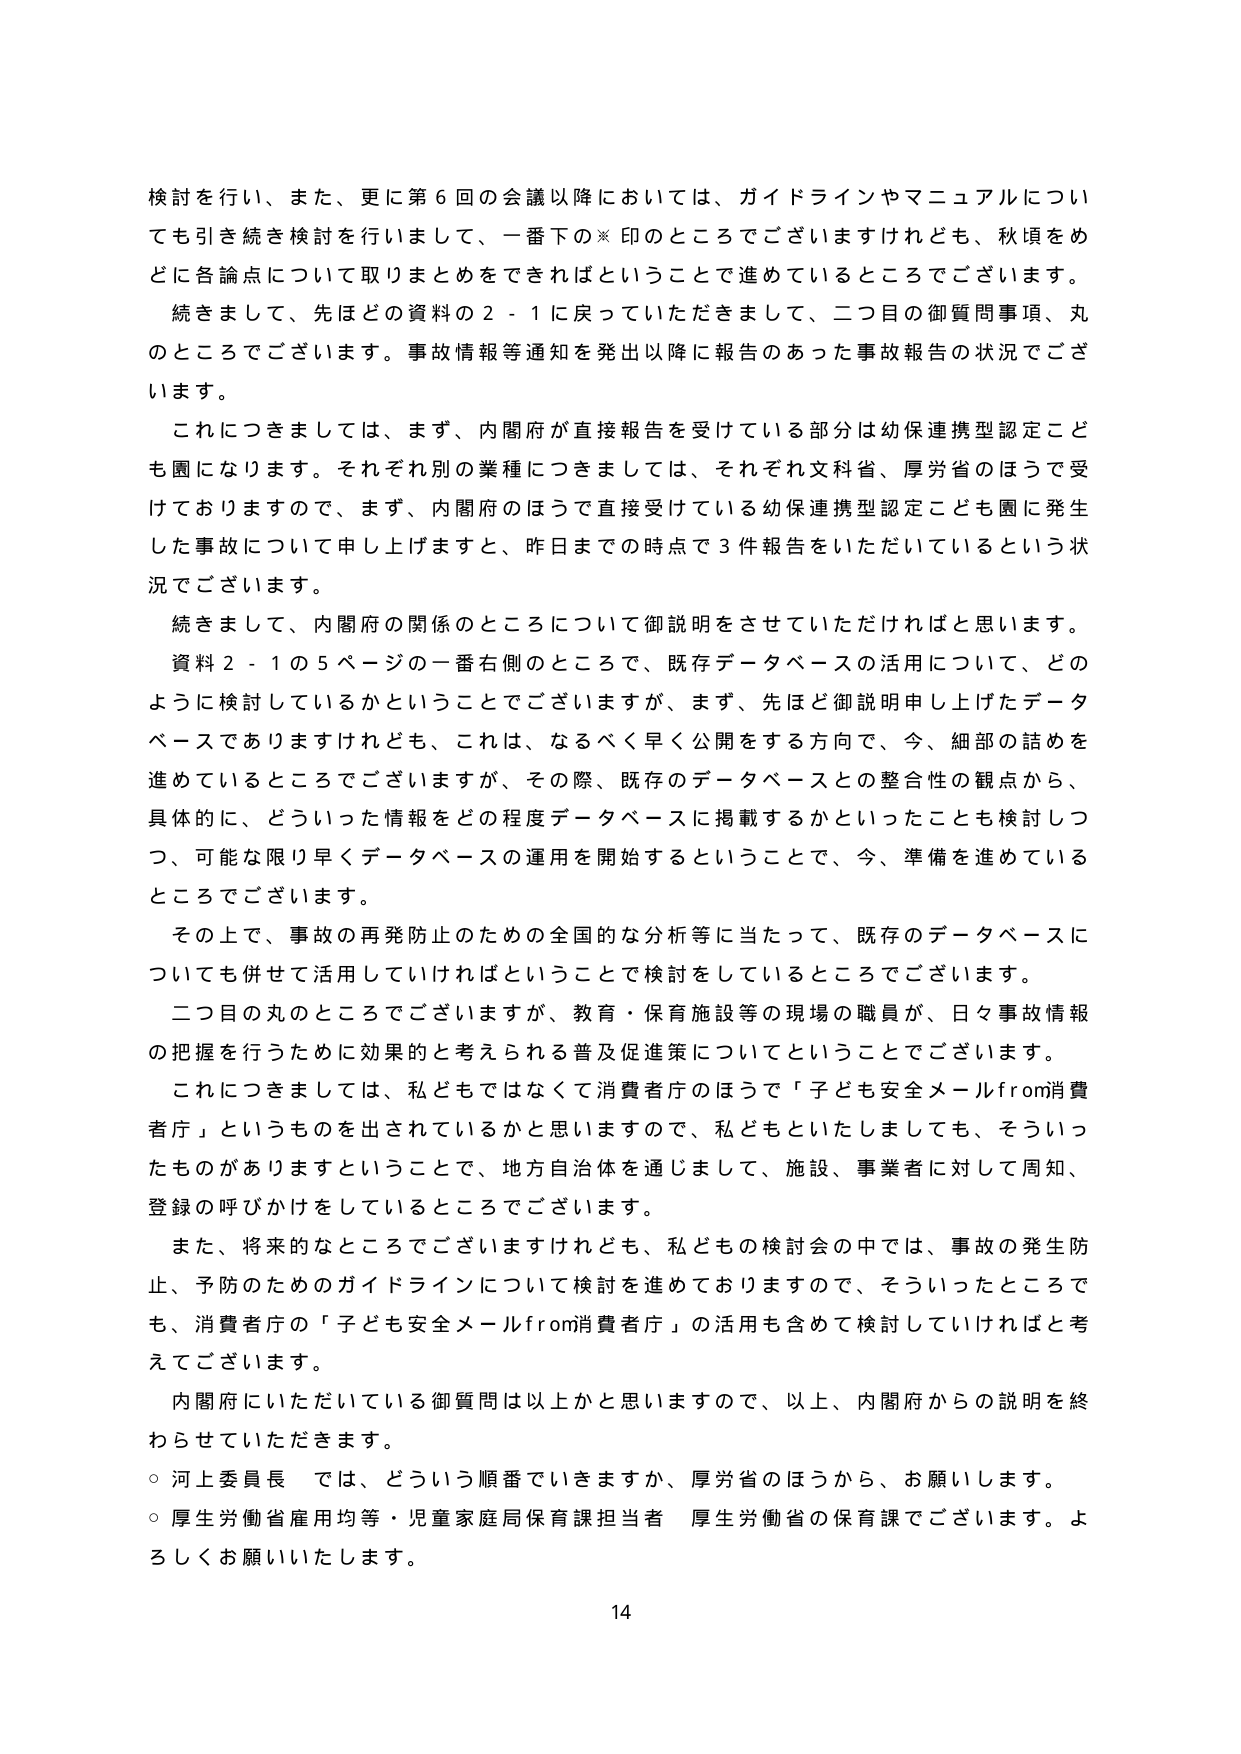
検討を行い、また、更に第６回の会議以降においては、ガイドラインやマニュアルについても引き続き検討を行いまして、一番下の※印のところでございますけれども、秋頃をめどに各論点について取りまとめをできればということで進めているところでございます。

続きまして、先ほど資料の２－１に戻っていただきまして、二つ目の御質問事項、丸のところでございます。事故情報等通知を発出以降に報告のあった事故報告の状況でございます。

これにつきましては、まず、内閣府が直接報告を受けている部分は幼保連携型認定こども園になります。それぞれ別の業種につきましては、それぞれ文科省、厚労省のほうで受けておりますので、まず、内閣府のほうで直接受けている幼保連携型認定こども園に発生した事故について申し上げますと、昨日までの時点で３件報告をいただいているという状況でございます。

続きまして、内閣府の関係のところについて御説明をさせていただければと思います。

資料２－１の５ページの一番右側のところで、既存データベースの活用について、どのように検討しているかということでございますが、まず、先ほど御説明申し上げたデータベースでありますけれども、これは、なるべく早く公開をする方向で、今、細部の詰めを進めているところでございますが、その際、既存のデータベースとの整合性の観点から、具体的に、どういった情報をどの程度データベースに掲載するかといったことも検討しつつ、可能な限り早くデータベースの運用を開始するということで、今、準備を進めているところでございます。

その上で、事故の再発防止のための全国的な分析等に当たって、既存のデータベースについても併せて活用していければということで検討をしているところでございます。

二つ目の丸のところでございますが、教育・保育施設等の現場の職員が、日々事故情報の把握を行うために効果的と考えられる普及促進策についてということでございます。

これにつきましては、私どもではなくて消費者庁のほうで「子ども安全メールfrom消費者庁」というものを出されているかと思いますので、私どもといたしましても、そういったものがありますということで、地方自治体を通じまして、施設、事業者に対して周知、登録の呼びかけをしているところでございます。

また、将来的なところでございますけれども、私どもの検討会の中では、事故の発生防止、予防のためのガイドラインについて検討を進めておりますので、そういったところでも、消費者庁の「子ども安全メールfrom消費者庁」の活用も含めて検討していければと考えております。

内閣府にいただいている御質問は以上かと思いますので、以上、内閣府からの説明を終わらせていただきます。

○ 河上委員長 では、どういう順番でいきますか、厚労省のほうから、お願いします。

○ 厚生労働省雇用均等・児童家庭局保育課担当者 厚生労働省の保育課でございます。よろしくお願いいたします。

14